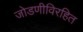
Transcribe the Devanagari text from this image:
जोडणीविरहित